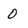
Character: 0